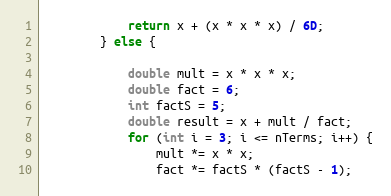
Language: Java
            return x + (x * x * x) / 6D;
        } else {

            double mult = x * x * x;
            double fact = 6;
            int factS = 5;
            double result = x + mult / fact;
            for (int i = 3; i <= nTerms; i++) {
                mult *= x * x;
                fact *= factS * (factS - 1);